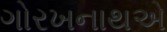
ગોરખનાથએ